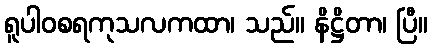
ရူပါဝစရကုသလကထာ၊ သည်။ နိဋ္ဌိတာ၊ ပြီ။